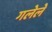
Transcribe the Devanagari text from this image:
गलेले